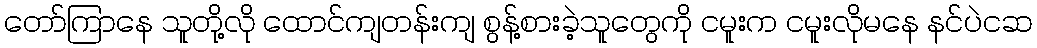
တော်ကြာနေ သူတို့လို ထောင်ကျတန်းကျ စွန့်စားခဲ့သူတွေကို ငမူးက ငမူးလိုမနေ နင်ပဲငဆ